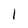
Character: 1